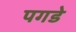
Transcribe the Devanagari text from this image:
पगडे